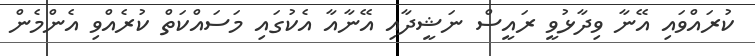
ކުރައްވައި އޭނާ ވިދާޅުވީ ރައީސް ނަޝީދާއި އޭނާއާ އެކުގައި މަސައްކަތް ކުރެއްވި އެންމެން